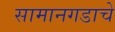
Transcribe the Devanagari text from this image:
सामानगडाचे